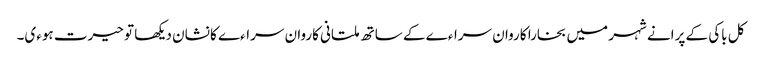
کل باکی کے پرانے شہر میں بخارا کاروان سراءے کے ساتھ ملتانی کاروان سراءے کا نشان دیکھا تو حیرت ہوءی۔